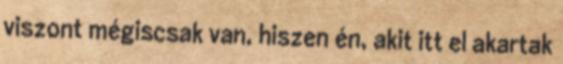
viszont mégiscsak van, hiszen én, akit itt el akartak